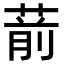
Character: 葥